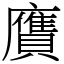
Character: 𧸛